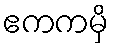
ဧကကမှိ